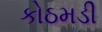
કોઠમડી